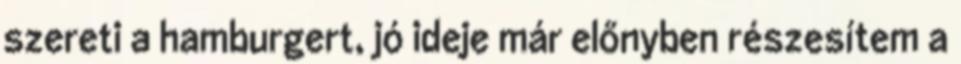
szereti a hamburgert, jó ideje már előnyben részesítem a